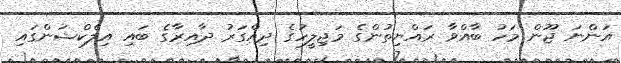
އަންނަ ޖޫން މަހު ބާއްވާ ރައްޔިތުންގެ މަޖިލީހުގެ ދިއްގަރު ދާއިރާގެ ބައި އިލެކްޝަންގައި